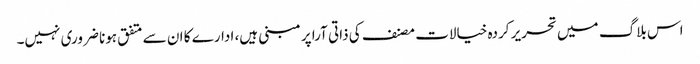
اس بلاگ میں تحریر کردہ خیالات مصنف کی ذاتی آرا پر مبنی ہیں، ادارے کا ان سے متفق ہونا ضروری نہیں۔